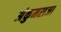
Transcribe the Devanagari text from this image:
अंकुमराजा